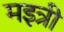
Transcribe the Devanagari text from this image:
मइत्री